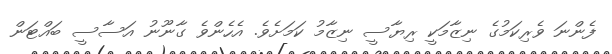
ފެންނަ ވެރިކަމުގެ ނިޒާމަކީ ރިޔާސީ ނިޒާމު ކަމަށެވެ. އެހެންވެ ގާނޫނު އަސާސީ ބައްޓަން